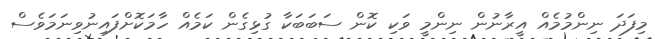
މިފަދަ ނިންމުމެއް އީރާނުން ނިންމީ ވަކި ކޮން ސަބަބަކާ ގުޅިގެން ކަމެއް ހާމަކޮށްފައިނުވިނަމަވެސް